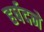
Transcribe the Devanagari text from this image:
हर्षदने